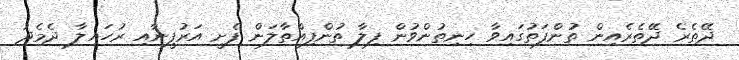
ދޭތެރެ ދޭތެރެއިން ތުންފަތުގައިވާ ހިނިތުންވުން ފިލާ ތުންފިއްތާލަން ފެށީ އަރުފީނާއި ރުހައިލާ ދެމެދު